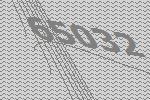
65032